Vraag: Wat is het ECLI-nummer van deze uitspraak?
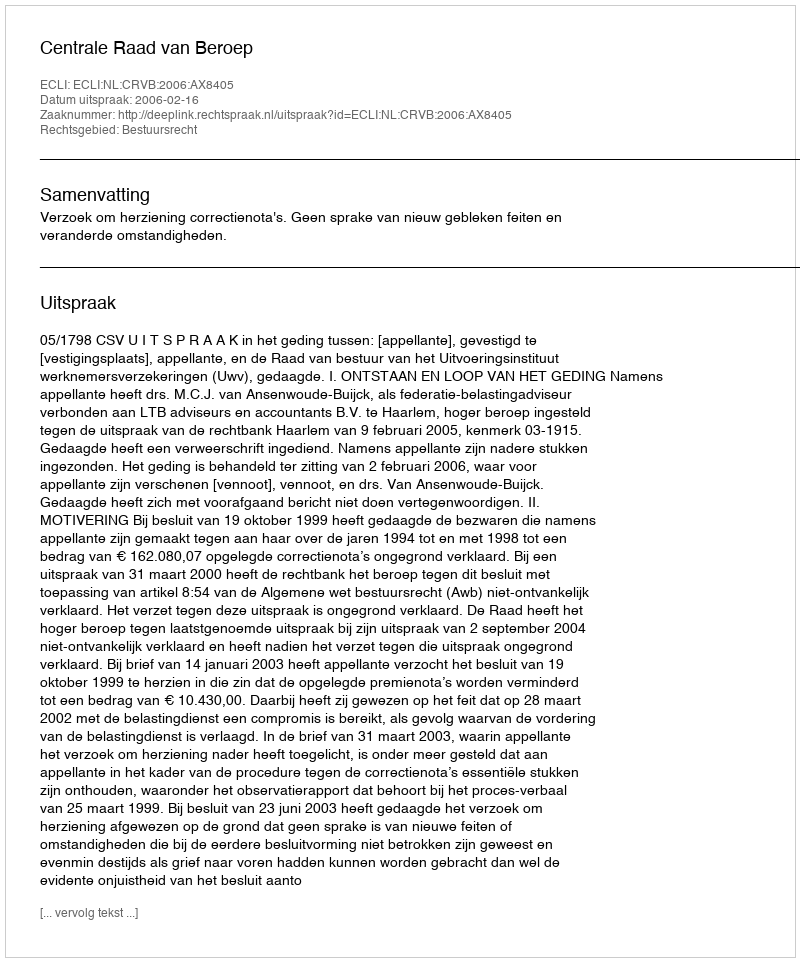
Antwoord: ECLI:NL:CRVB:2006:AX8405